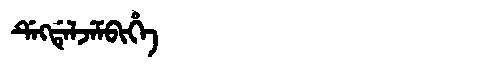
Manchu: ᡩᡝᡴᡩᡝᠯᠵᡝᠮᠪᡳᡥᡝ
Romanization: DEKDELJEMBIHE